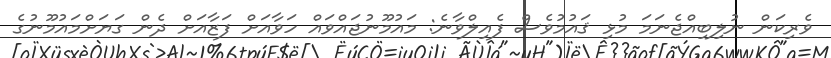
ވެރިކަން ނުލިބިއްޖެނަމަ މުޅި ޤައުމުވެސް ފެއިލްވާނެ: މައުމޫނުޖައްވައް ހަވާއަށް ފަޒާއަށް ދެން ގަޔަށްމައުމޫނުގެ